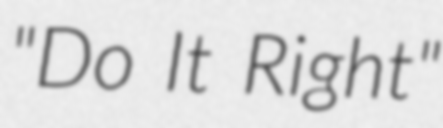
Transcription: "Do It Right"